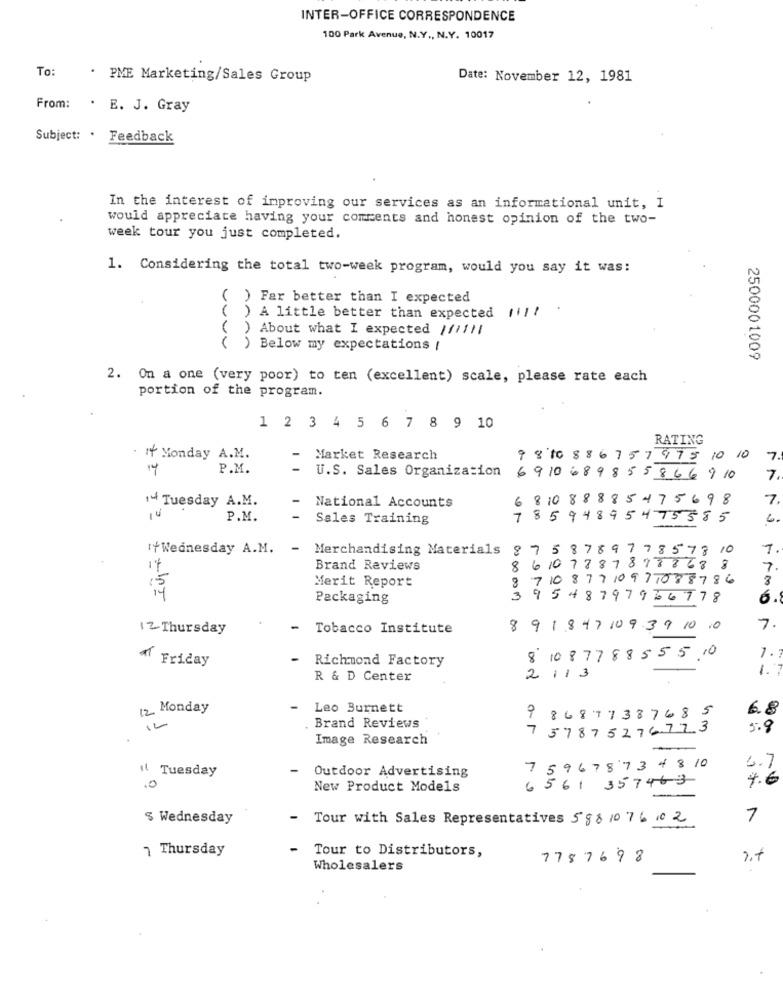
INTER-OFFICE CORRESPONDENCE
100 Park Avenue, N.Y ., N.Y. 10017
To:
. PME Marketing/Sales Group
Date: November 12, 1981
From:
. E. J. Gray
Subject: . Feedback
In the interest of improving our services as an informational unit, I
would appreciate having your comments and honest opinion of the two-
week tour you just completed.
1. Considering the total two-week program, would you say it was:
( ) Far better than I expected
( )
A little better than expected 11 !!
) About what I expected //////
( ) Below my expectations /
2500001009
2. On a one (very poor) to ten (excellent) scale, please rate each
portion of the program.
1 2 3 4 5 6 7 8 9 10
RATING
: Monday A.M.
Market Research
98 10 88 6 7 5 7 97 5 10 10
7.
P.M.
U.S. Sales Organization
6910689855866910
7.
681088885475698
7.
14 Tuesday A.M.
National Accounts
14
P.M.
Sales Training
78594895475585
4.
if Wednesday A.M.
Merchandising Materials
8758789778578 10
if
Brand Reviews
86078878988688
7.
Merit Report
3 71087710977088786
3
Packaging
39548797936778
6.1
12 Thursday
-
Tobacco Institute
8 9 1 847 109 3 9 10 10
7.
Richmond Factory
8 108778855 5 10
1.
A Friday
1.7
R & D Center
2113
12 Monday
Leo Burnett
6.8
986877387685
Brand Reviews
7 3787527672.3
5.8
Image Research
" Tuesday
-
Outdoor Advertising
7 5 9 6 7 8 7 3 4 810
6.7
4.6
.0
New Product Models
6561 357463
$ Wednesday
- Tour with Sales Representatives 588 10 76 10 2
7
7 Thursday
Tour to Distributors,
7787698
Wholesalers